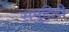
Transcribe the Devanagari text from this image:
समुदिरी